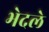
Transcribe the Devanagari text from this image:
भेदले